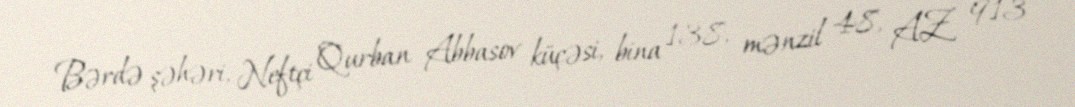
Bərdə şəhəri, Neftçi Qurban Abbasov küçəsi, bina 138, mənzil 48, AZ 913